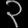
Digit: ၃